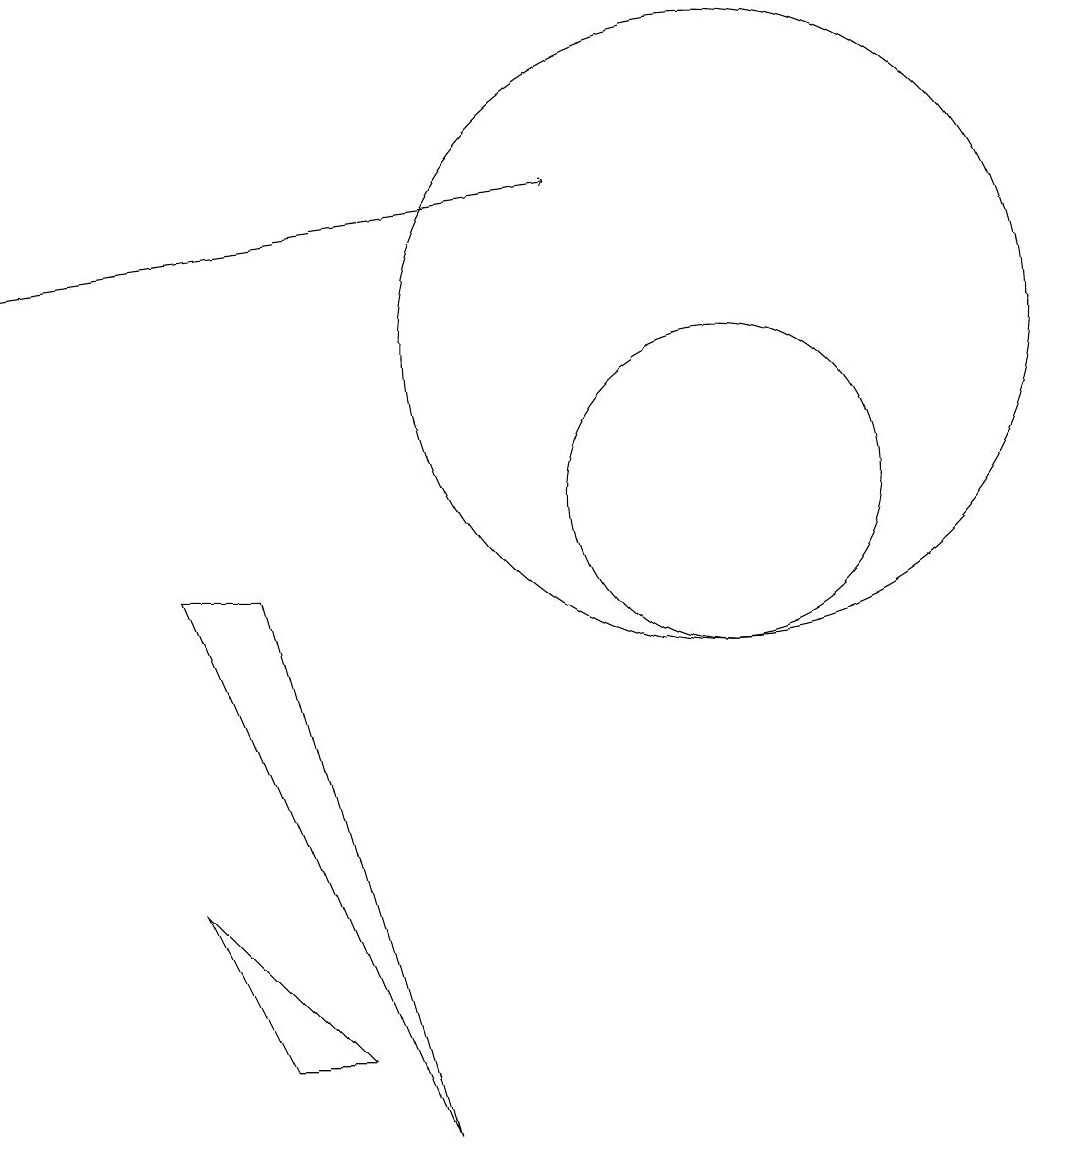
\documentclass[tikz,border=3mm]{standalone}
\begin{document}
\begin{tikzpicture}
\draw (11,10) circle (2);
\draw (5,3) -- (6,3) -- (4,5) -- cycle;
\draw (11,12) circle (4);
\draw[->] (2,13) -- (9,14);
\draw (7,2) -- (5,9) -- (4,9) -- cycle;
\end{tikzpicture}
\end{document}